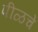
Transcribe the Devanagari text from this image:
पीळचे